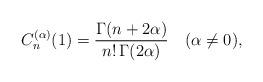
LaTeX: \begin{align*}C_n^{(\alpha)}(1)={\Gamma(n+2\alpha)\over n!\,\Gamma(2\alpha)}\quad (\alpha\neq 0),\end{align*}